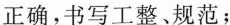
School：No。1Primary Schoo